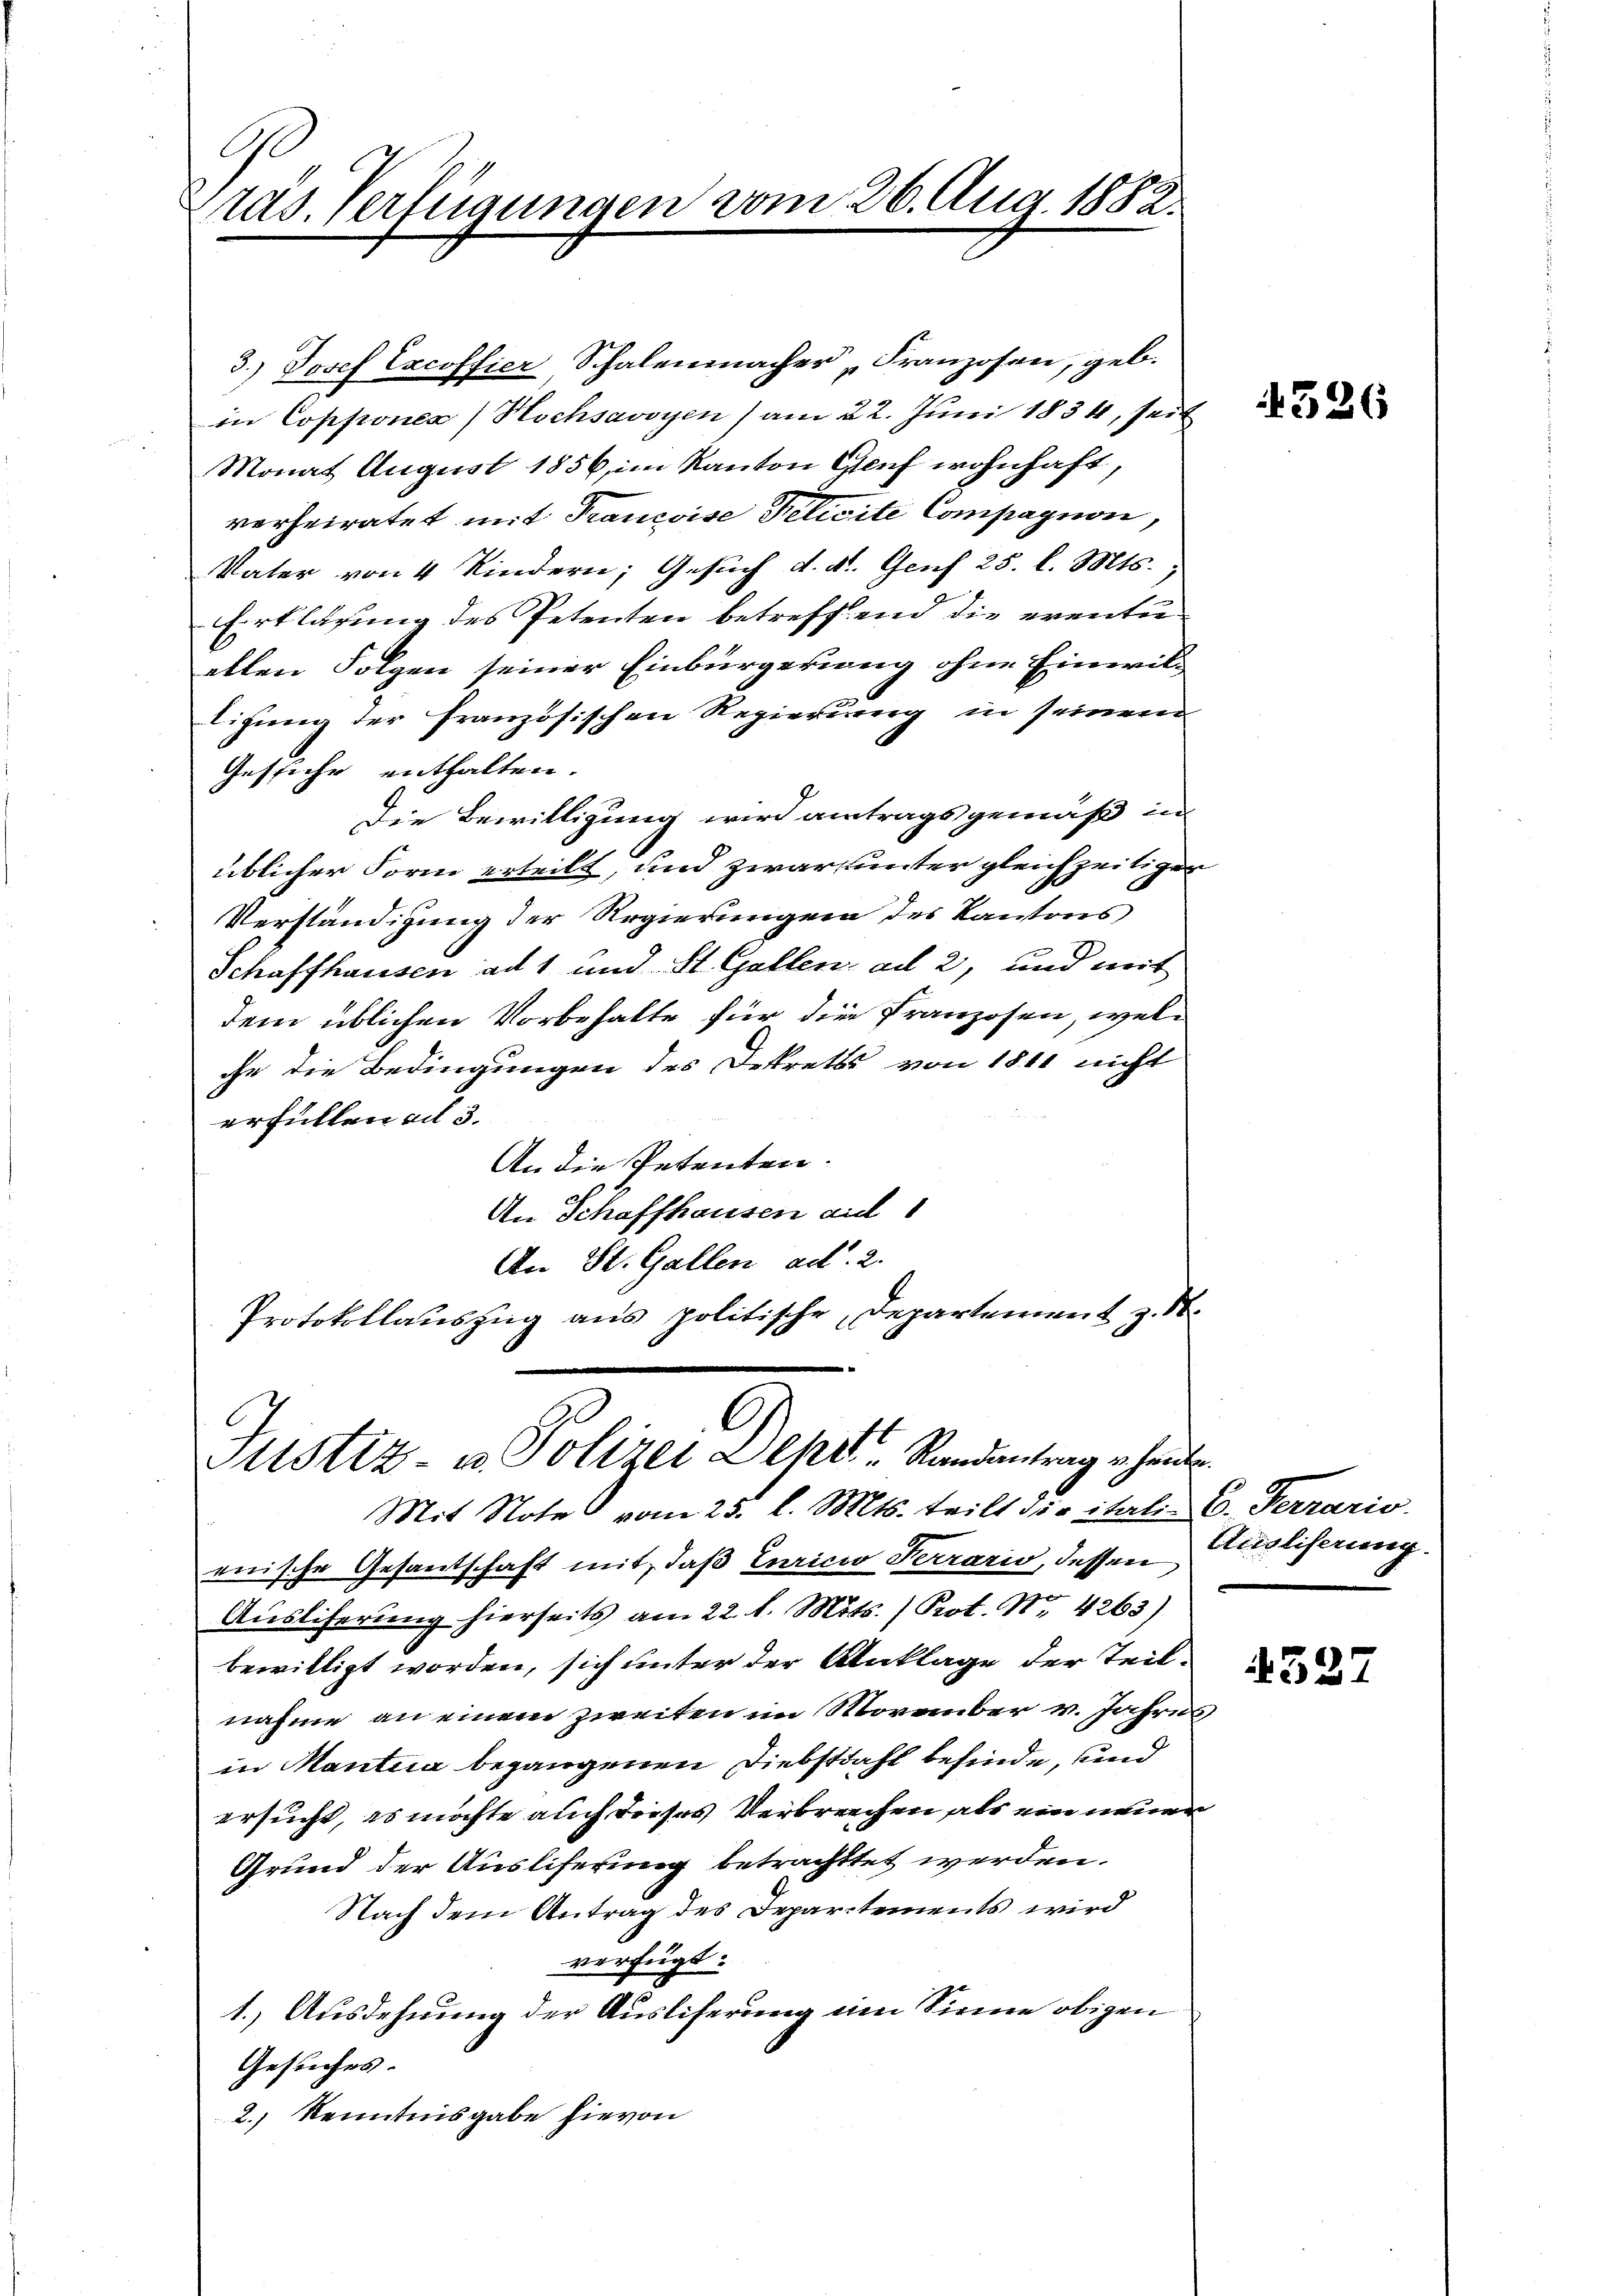
räs. Verfügungen vom 26. Aug. 1882.

3.) Josef Excoffier Schalenmacher Franzosen, geb.
in Copponea) Hochsavoyen ) am 22. Juni 1834, seit
Monat August 1856, im Kanton Genf wohnhaft,
verheiratet mit Trancoise Pelicite Compagnon,
Vater von 4 Kindern, Gesuch d. d. Genf 25 l. Mts.
Erklärung des Petenten betreffend die eventu
ellen Folgen seiner Einbürgerung ohne Einwiltigung der französischen Regierung in seinem
Gesiche enthalten.
Die Bewilligung wird antragsgemäß in
üblicher Form erteilt, und zwar unter gleichzeitigen
Verständigung der Regierungen des Kantons
Schaffhausen ad 1 und St. Gallen ad 2, und mit
dem üblichen Vorbehalte für die Franzosen, welc
che die Bedingungen des Dekrets von 1811 nicht

erfüllen ad 3.
An die Petenten.
An Schaffhausen aul
An St. Gallen ad 2.
Protokollauszug aus politische Departement z. S.

l
Justiz- u. Polizei Depot "Randantrag heute.

Mit Note vom 25. l. Mts. teilt die ital. 6. Ferrario.
enische Gesantschaft mit, daß Euricio Terrario, dessen Accliferung.
Ausliferung hierseits am 22. d. Mts. (Prot. Nr. 4263)
bewilligt worden, sich unter der Anklage der Teilnahme an einen zweiten im November v. Jahres
in Mantia begangenen Diebstahl befinde, und
ersucht, es möchte auch dieses Verbrechen als ein neuer
Grund der Ausliferung betrachttet werden.
Nach dem Antrag des Departements wird
verfügt:
1.) Ausdehnung der Ausliferung im Sinne obigen
Gesuches.
2.) Kenntnisgabe hievon

1326

4527